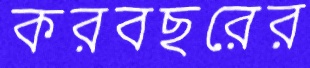
করবছরের